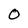
Character: O